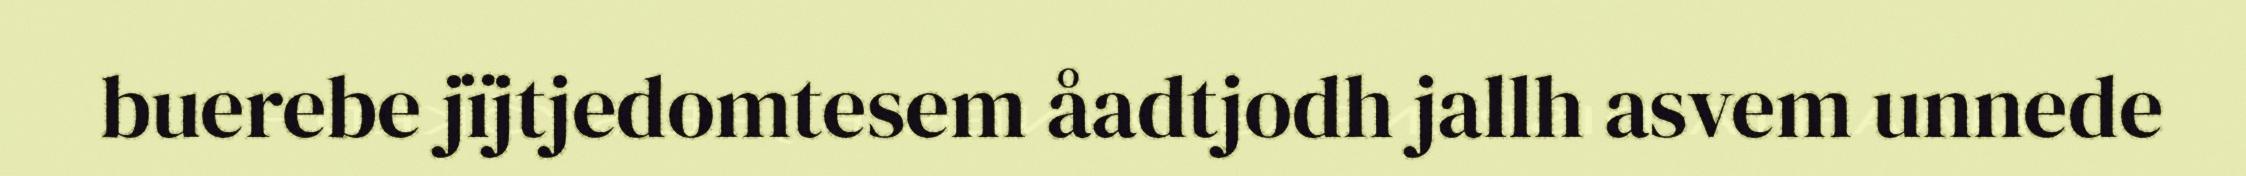
buerebe jïjtjedomtesem åadtjodh jallh asvem unnede